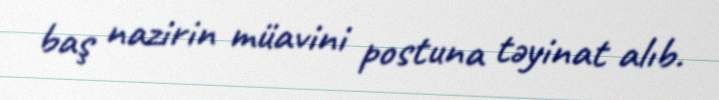
baş nazirin müavini postuna təyinat alıb.